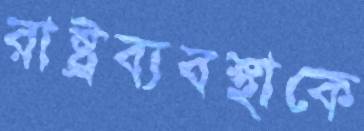
রাষ্ট্রব্যবস্থাকে